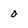
Character: 0